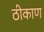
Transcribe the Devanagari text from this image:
ठीकाण